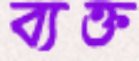
ব্যক্ত